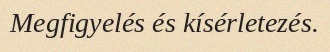
Megfigyelés és kísérletezés.